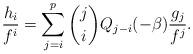
LaTeX: \begin{align*}\frac{h_i}{f^i}=\sum_{j=i}^p{j\choose i}Q_{j-i}(-\beta)\frac{g_j}{f^j}.\end{align*}